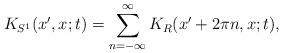
LaTeX: \begin{align*}K_{S^1} ( x', x ; t )=\sum_{ n = - \infty }^{ \infty }K_{R} ( x' + 2 \pi n , x ; t ),\end{align*}